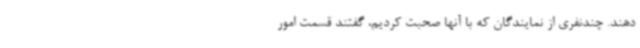
دهند. چندنفری از نمایندگان که با آنها صحبت کردیم، گفتند قسمت امور